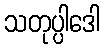
သတုပ္ပါဒေါ